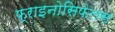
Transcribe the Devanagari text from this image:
फ्राइनोसिफेलस